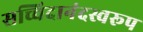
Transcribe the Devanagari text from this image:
सच्चिदानंदस्वरूप